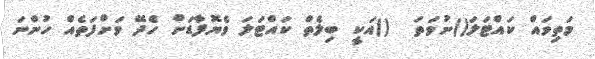
މަތިވައް ކައްޓަލަ()ނުވަތަ  ()އަކީ ބިލެތް ކައްޓަލަ ވެޔޮފާޑަށް ހެދޭ ވަށްފަތެއް ހުންނަ